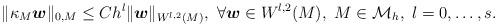
LaTeX: \begin{align*} \| \kappa_M {\boldsymbol{w}} \|_{0,M} \leq C h^l \|{\boldsymbol{w}}\|_{W^{l,2}(M)},~ \forall \boldsymbol{w} \in W^{l,2}(M),~M \in {\mathcal M}_h,~l=0, \ldots, s.\end{align*}